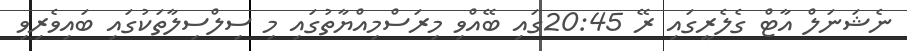
ނެޝަނަލް އާޓް ގެލެރީގައި ރޭ 20:45ގައި ބޭއްވި މިރަސްމިއްޔާތުގައި މި ސިލްސިލާތަކުގައި ބައިވެރިވި